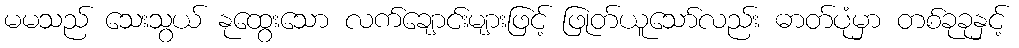
မမသည် သေးသွယ် နုထွေးသော လက်ချောင်းများဖြင့် ဖြုတ်ယူသော်လည်း ဓာတ်ပုံမှာ တစ်ခုခုနှင့်